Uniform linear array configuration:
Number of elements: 64
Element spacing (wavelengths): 1
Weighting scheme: hann
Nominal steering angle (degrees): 15
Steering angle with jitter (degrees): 16.181
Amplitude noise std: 0.05
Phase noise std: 0.05

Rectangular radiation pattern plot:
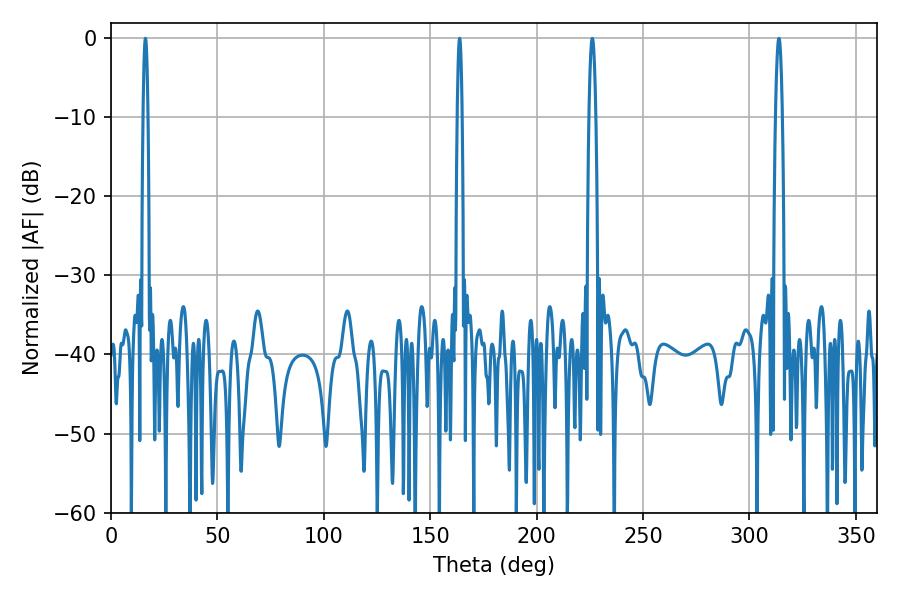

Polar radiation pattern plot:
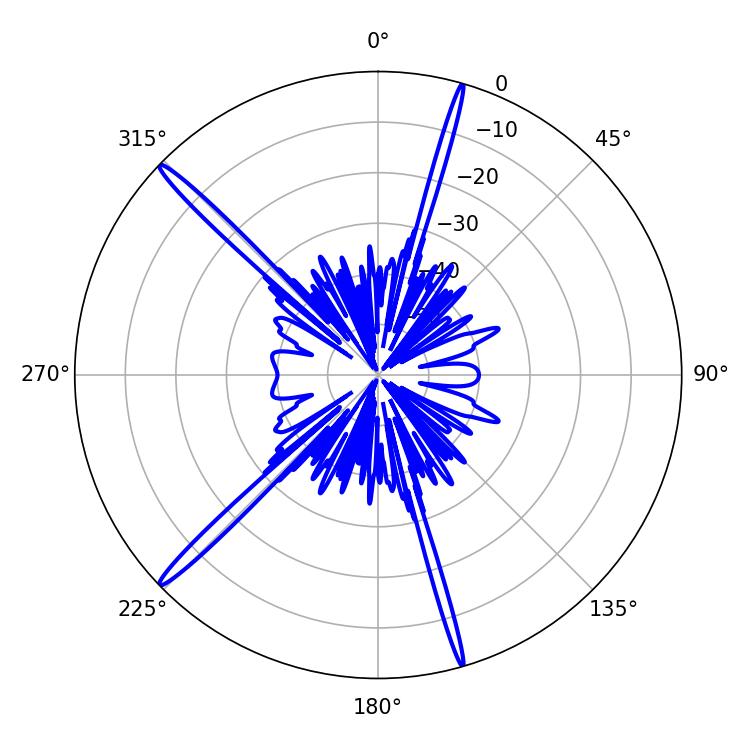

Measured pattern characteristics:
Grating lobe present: TRUE
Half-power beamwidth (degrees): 1.08
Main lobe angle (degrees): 163.8